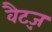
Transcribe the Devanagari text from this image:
वैट्ज़